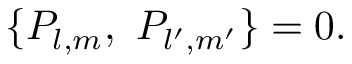
\{ P _ { l , m } , \ P _ { l ^ { \prime } , m ^ { \prime } } \} = 0 .